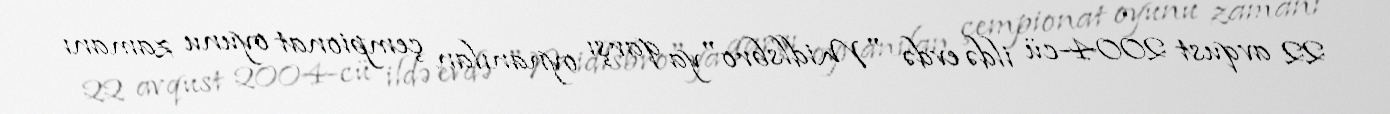
22 avqust 2004-cü ildə evdə "Midlsbro"ya qarşı oynanılan çempionat oyunu zamanı